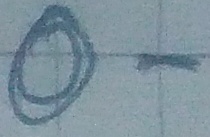
Text: O-